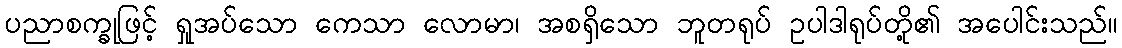
ပညာစက္ခုဖြင့် ရှုအပ်သော ကေသာ လောမာ၊ အစရှိသော ဘူတရုပ် ဥပါဒါရုပ်တို့၏ အပေါင်းသည်။